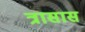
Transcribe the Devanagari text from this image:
त्रासास